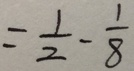
= \frac { 1 } { 2 } - \frac { 1 } { 8 }